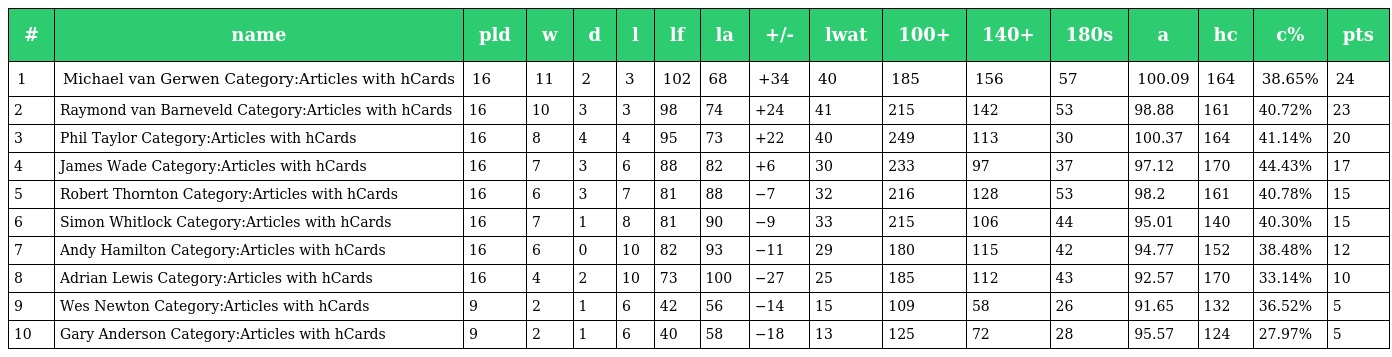
| # | name | pld | w | d | l | lf | la | +/- | lwat | 100+ | 140+ | 180s | a | hc | c% | pts |
 | --- | --- | --- | --- | --- | --- | --- | --- | --- | --- | --- | --- | --- | --- | --- | --- | --- |
 | 1 | Michael van Gerwen Category:Articles with hCards | 16 | 11 | 2 | 3 | 102 | 68 | +34 | 40 | 185 | 156 | 57 | 100.09 | 164 | 38.65% | 24 |
 | 2 | Raymond van Barneveld Category:Articles with hCards | 16 | 10 | 3 | 3 | 98 | 74 | +24 | 41 | 215 | 142 | 53 | 98.88 | 161 | 40.72% | 23 |
 | 3 | Phil Taylor Category:Articles with hCards | 16 | 8 | 4 | 4 | 95 | 73 | +22 | 40 | 249 | 113 | 30 | 100.37 | 164 | 41.14% | 20 |
 | 4 | James Wade Category:Articles with hCards | 16 | 7 | 3 | 6 | 88 | 82 | +6 | 30 | 233 | 97 | 37 | 97.12 | 170 | 44.43% | 17 |
 | 5 | Robert Thornton Category:Articles with hCards | 16 | 6 | 3 | 7 | 81 | 88 | −7 | 32 | 216 | 128 | 53 | 98.2 | 161 | 40.78% | 15 |
 | 6 | Simon Whitlock Category:Articles with hCards | 16 | 7 | 1 | 8 | 81 | 90 | −9 | 33 | 215 | 106 | 44 | 95.01 | 140 | 40.30% | 15 |
 | 7 | Andy Hamilton Category:Articles with hCards | 16 | 6 | 0 | 10 | 82 | 93 | −11 | 29 | 180 | 115 | 42 | 94.77 | 152 | 38.48% | 12 |
 | 8 | Adrian Lewis Category:Articles with hCards | 16 | 4 | 2 | 10 | 73 | 100 | −27 | 25 | 185 | 112 | 43 | 92.57 | 170 | 33.14% | 10 |
 | 9 | Wes Newton Category:Articles with hCards | 9 | 2 | 1 | 6 | 42 | 56 | −14 | 15 | 109 | 58 | 26 | 91.65 | 132 | 36.52% | 5 |
 | 10 | Gary Anderson Category:Articles with hCards | 9 | 2 | 1 | 6 | 40 | 58 | −18 | 13 | 125 | 72 | 28 | 95.57 | 124 | 27.97% | 5 |